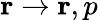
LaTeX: {\mathbf r}\rightarrow{\mathbf r},p